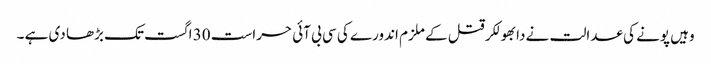
وہیں پونے کی عدالت نے دابھولکر قتل کے ملزم اندورے کی سی بی آئی حراست 30 اگست تک بڑھا دی ہے ۔